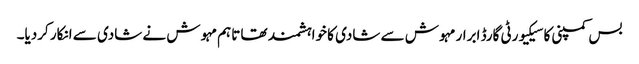
بس کمپنی کا سیکیورٹی گارڈ ابرار مہوش سے شادی کا خواہشمند تھا تاہم مہوش نے شادی سے انکار کردیا۔